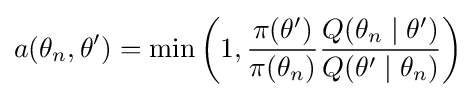
a(\theta _{n},\theta ')=\min \left(1,{\frac {\pi (\theta ')}{\pi (\theta _{n})}}{\frac {Q(\theta _{n}\mid \theta ')}{Q(\theta '\mid \theta _{n})}}\right)